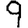
Digit: 9